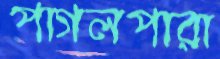
পাগলপারা